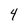
Character: 4